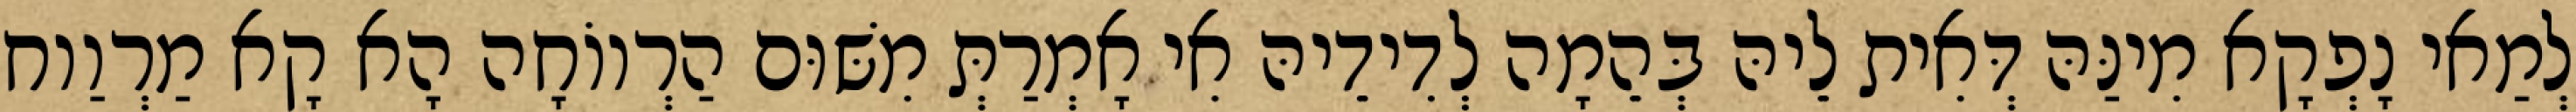
לְמַאי נָפְקָא מִינַּהּ דְּאִית לֵיהּ בְּהֵמָה לְדִידֵיהּ אִי אָמְרַתְּ מִשּׁוּם הַרְווֹחָה הָא קָא מַרְוַוח